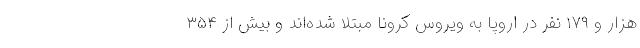
هزار و ۱۷۹ نفر در اروپا به ویروس کرونا مبتلا شده‌اند و بیش از ۳۵۴